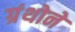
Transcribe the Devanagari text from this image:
ग्रंथोने